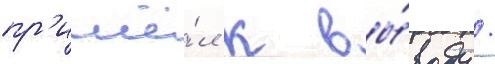
пр'ишё́л к вы́воду /